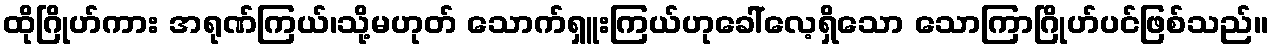
ထိုဂြိုဟ်ကား အရုဏ်ကြယ်၊သို့မဟုတ် သောက်ရှူးကြယ်ဟုခေါ်လေ့ရှိသော သောကြာဂြိုဟ်ပင်ဖြစ်သည်။